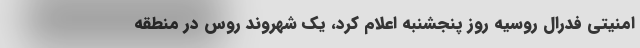
امنیتی فدرال روسیه روز پنجشنبه اعلام کرد، یک شهروند روس در منطقه